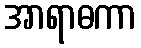
အာရာဓကာ